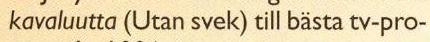
kavaluutta (Utan svek) till bästa tv-pro-